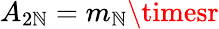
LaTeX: A_{2\mathbb{N}}=m_{\mathbb{N}}\timesr